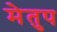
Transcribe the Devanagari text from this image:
मेेतुप